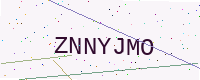
Text: ZNNYJMO